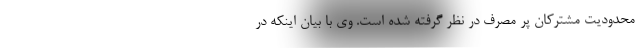
محدودیت مشترکان پر مصرف در نظر گرفته شده است. وی با بیان اینکه در